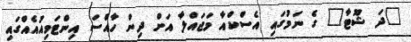
"ދަ ޝޫޓާ" ގެ ނަމުގައި އެސްކްއާ މަޖައްލާ އަށް ދިން ހާއްސަ އިންޓަވިއުއެއްގައި